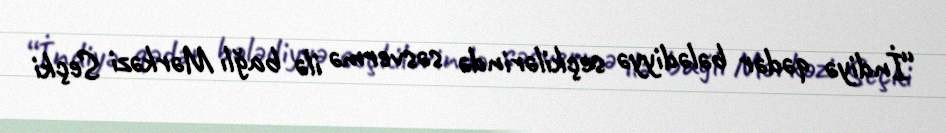
“İndiyə qədər bələdiyyə seçkilərində səsvermə ilə bağlı Mərkəzi Seçki